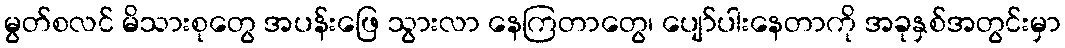
မွတ်စလင် မိသားစုတွေ အပန်းဖြေ သွားလာ နေကြတာတွေ၊ ပျော်ပါးနေတာကို အခုနှစ်အတွင်းမှာ